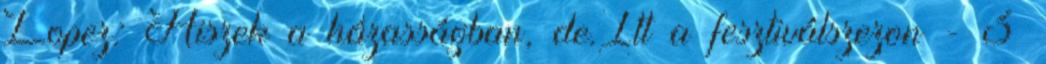
Lopez: Hiszek a házasságban, de.Itt a fesztiválszezon - 3